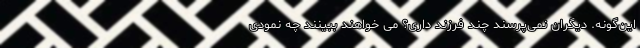
این‌گونه. دیگران نمی‌پرسند چند فرزند داری؟ می خواهند ببینند چه نمودی